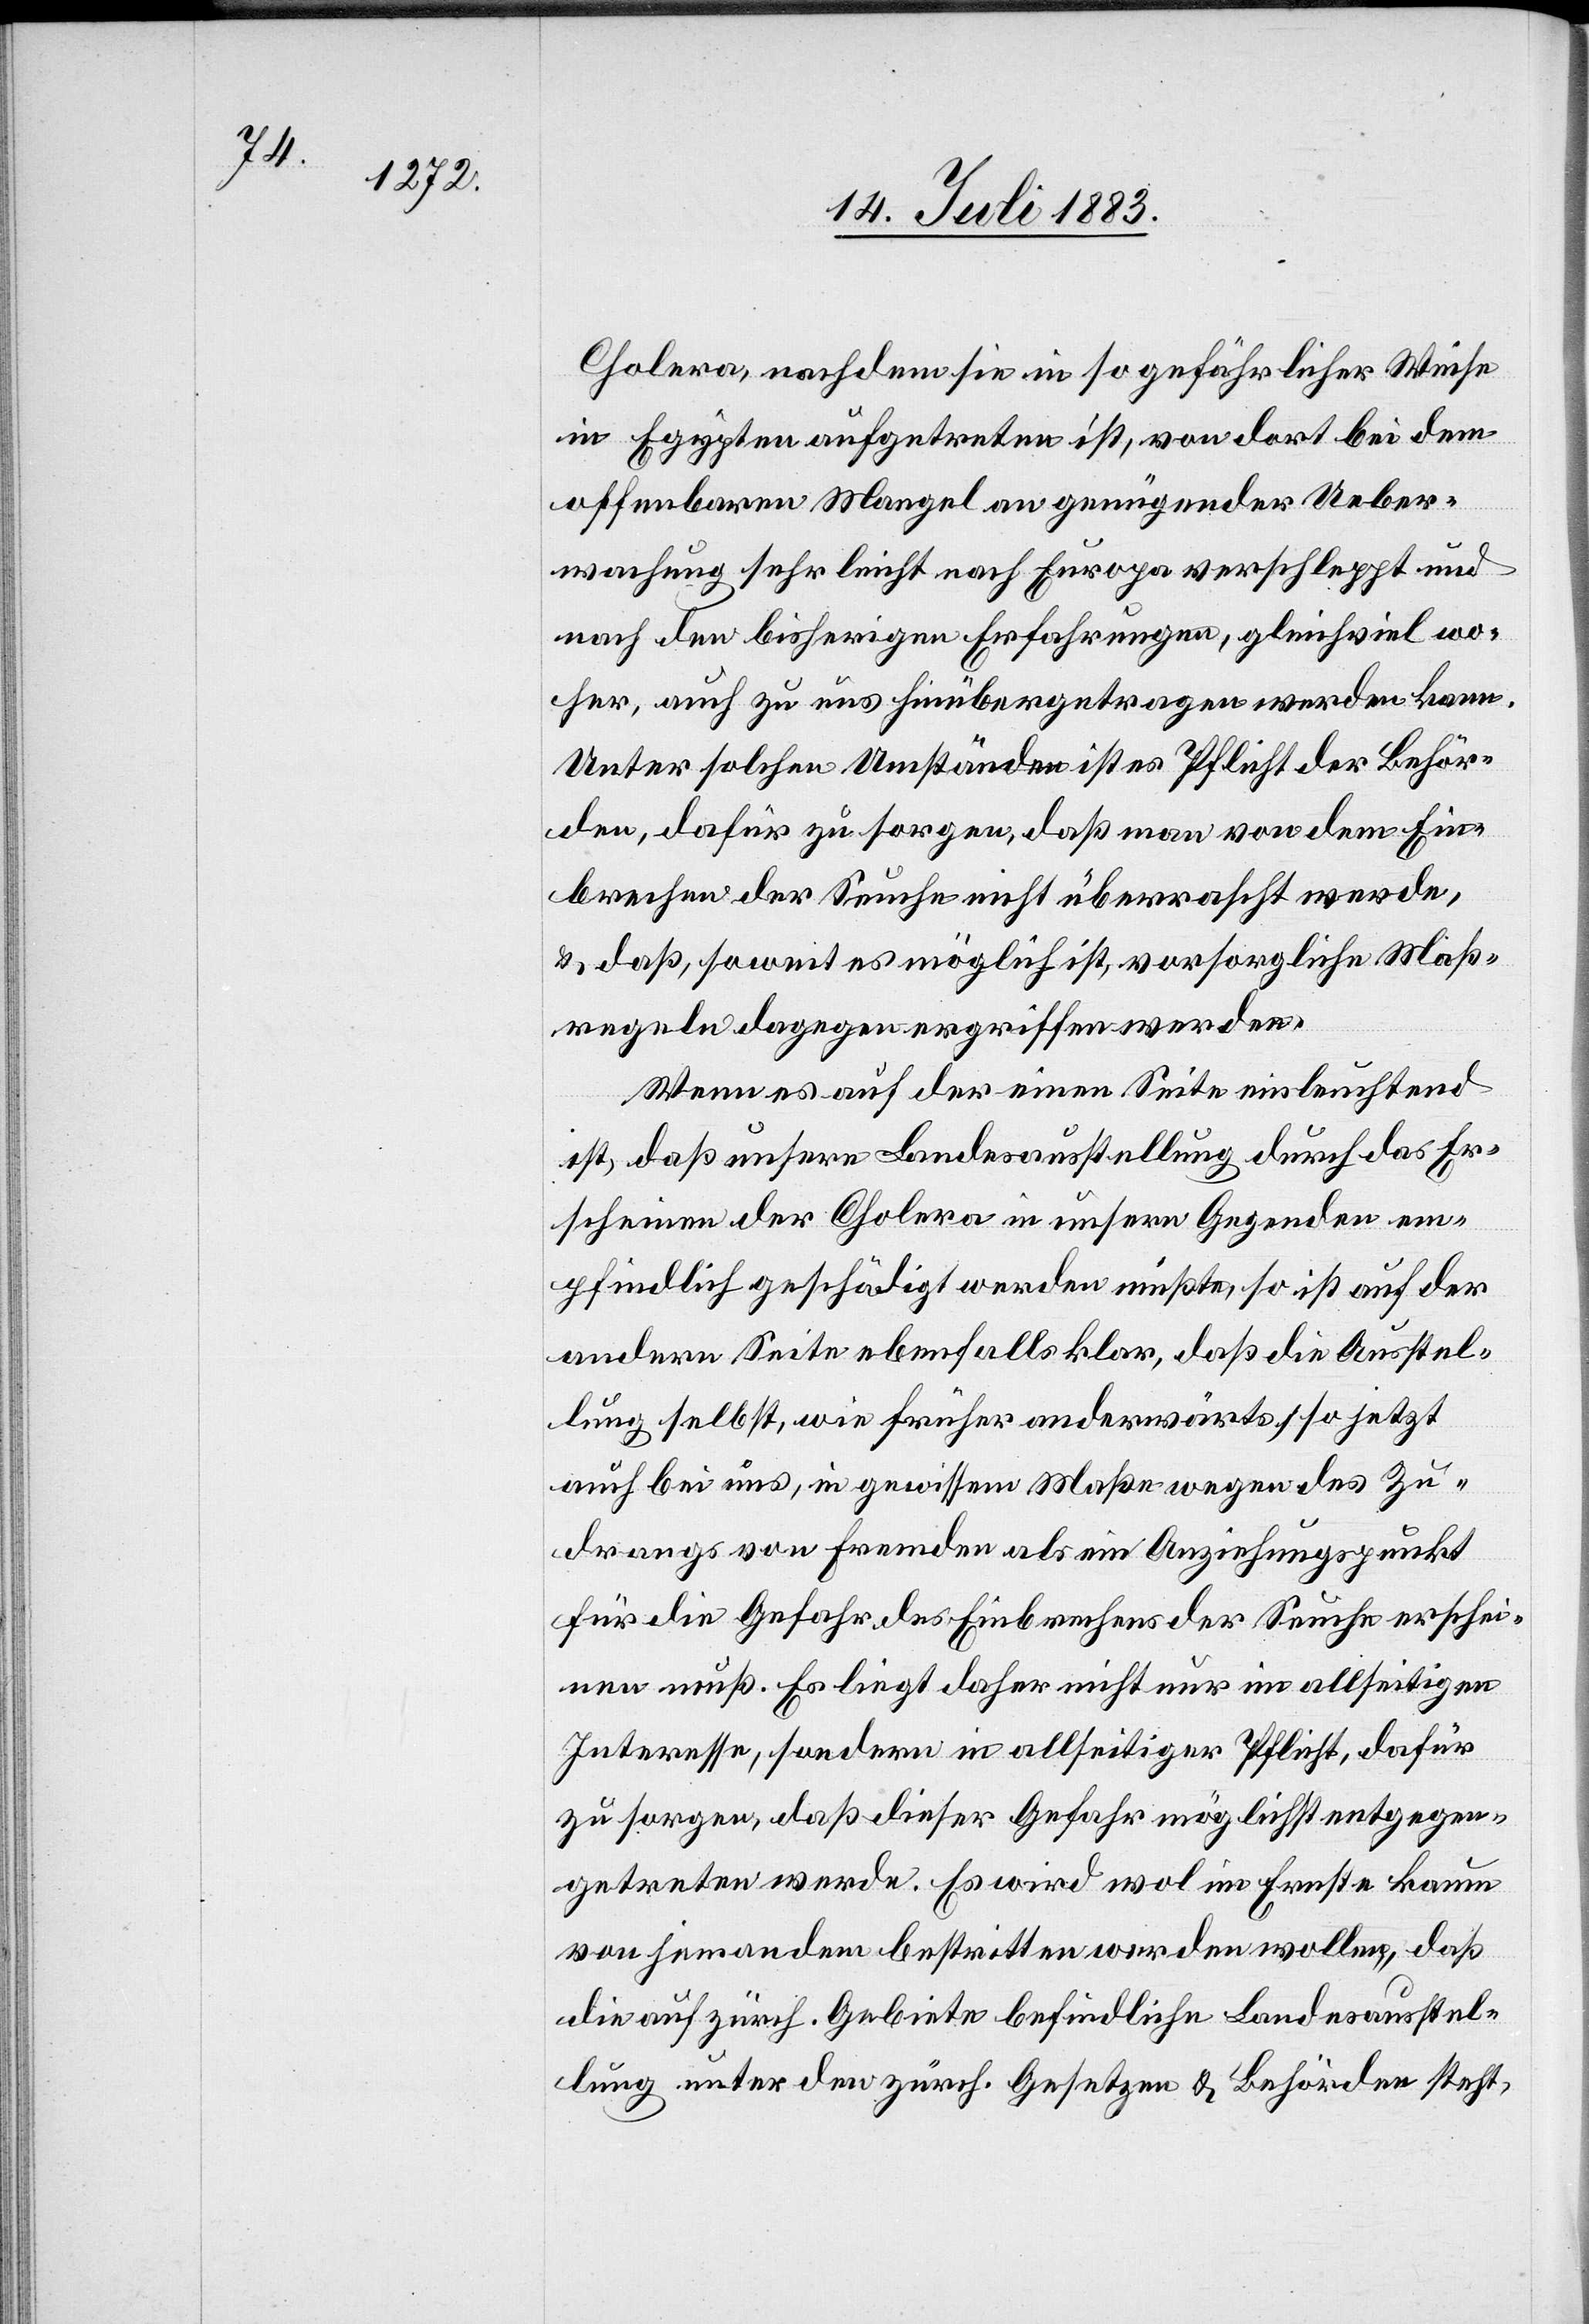
Cholera, nachdem sie in so gefährlicher Weise
in Egypten aufgetreten ist, von dort bei dem
offenbaren Mangel an genügender Ueber¬
wachung sehr leicht nach Europa verschleppt und
nach den bisherigen Erfahrungen, gleichviel wo¬
her, auch zu uns hinübergetragen werden kann.
Unter solchen Umständen ist es Pflicht der Behör¬
den, dafür zu sorgen, daß man von dem Ein¬
brechen der Seuche nicht überrascht werde,
& daß, soweit es möglich ist, vorsorgliche Maß¬
regeln dagegen ergriffen werden.
Wenn es auf der einen Seite einleuchtend
ist, daß unsere Landesausstellung durch das Er¬
scheinen der Cholera in unsern Gegenden em¬
pfindlich geschädigt werden müßte, so ist auf der
andern Seite ebenfalls klar, daß die Ausstel¬
lung selbst, wie früher anderwärts, so jetzt
auch bei uns, in gewissem Maße wegen des Zu¬
drangs von Fremden als ein Anziehungspunkt
für die Gefahr des Einbrechens der Seuche erschei¬
nen muß. Es liegt daher nicht nur im allseitigen
Interesse, sondern in allseitiger Pflicht, dafür
zu sorgen, daß dieser Gefahr möglichst entgegen¬
getreten werde. Es wird wol im Ernste kaum
von jemandem bestritten werden wollen, daß
die auf zürch. Gebiete befindliche Landesausstel¬
lung unter den zürch. Gesetzen & Behörden steht,